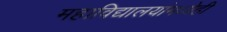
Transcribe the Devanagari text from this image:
महाविद्यालयांमध्येही